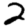
Digit: 2